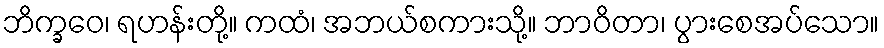
ဘိက္ခဝေ၊ ရဟန်းတို့။ ကထံ၊ အဘယ်စကားသို့။ ဘာဝိတာ၊ ပွားစေအပ်သော။